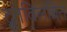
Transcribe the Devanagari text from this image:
द्रुतविलंबित